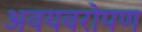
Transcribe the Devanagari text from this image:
अवयवरोपण